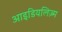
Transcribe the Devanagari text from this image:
आइडियलिज़्म